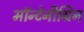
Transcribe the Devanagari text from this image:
मॉन्टेनीग्रिन